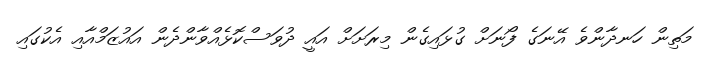
މަތިން ހަނދާންވެ އޭނަގެ ފޯނަށް ގުޅައިގެން މިރަށަށް އައީ ދުވަސްކޮޅެއްވާންދެން އައުޒަމްއާއި އެކުގައި